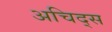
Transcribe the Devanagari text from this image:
अचिद्स